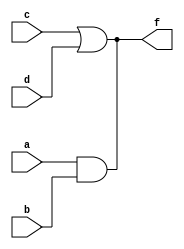
`timescale 1ns / 1ps
module example4_1_wor_wand( a,b,c,d,f );
    input a,b,c,d;
    output f;
    wire f;
    
    assign f=a&b;
    assign f=c|d;   /*if a=b=1 and c=d=0 then 'f' will be indeterminate*/
endmodule


/* correction */

module example4_2_wor_wand( a,b,c,d,f );
    input a,b,c,d;
    output f;
    wand f;  // wand, wor are not supported in vivado
    
    assign f=a&b;
    assign f=c|d;  //here function is realized will be f=(a&b)&(c|d)
endmodule